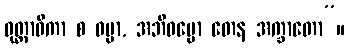
ဝုတ္တာဓိကာ စ ဓမ္မာ, အဘိဓမ္မော တေန အက္ခာတော”။